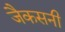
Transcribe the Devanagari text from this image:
जैकसनी